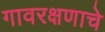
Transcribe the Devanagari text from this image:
गावरक्षणाचे